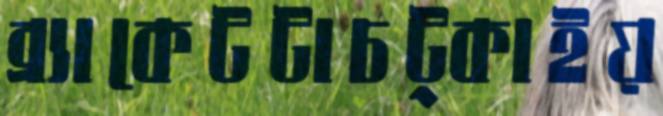
ব্র্যাকেটটাচট্‌কাইয়